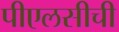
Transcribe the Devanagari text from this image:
पीएलसीची